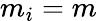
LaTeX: m_{i}=m